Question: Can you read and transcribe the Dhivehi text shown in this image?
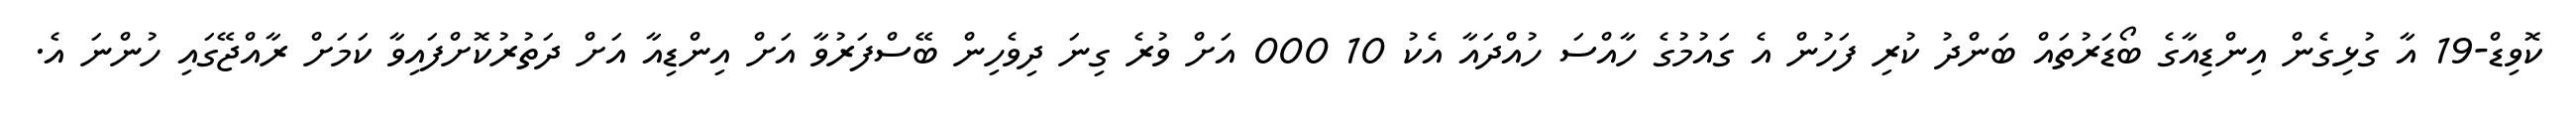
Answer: ކޮވިޑް-19 އާ ގުޅިގެން އިންޑިއާގެ ބޯޑަރުތައް ބަންދު ކުރި ފަހުން އެ ގައުމުގެ ހާއްސަ ހުއްދައާ އެކު 10 000 އަށް ވުރެ ގިނަ ދިވެހިން ބޭސްފަރުވާ އަށް އިންޑިއާ އަށް ދަތުރުކޮށްފައިވާ ކަމަށް ރާއްޖޭގައި ހުންނަ އެ.